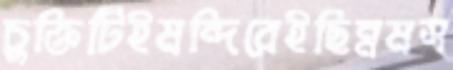
চুক্তিটিইমন্দিরেইছিন্নমস